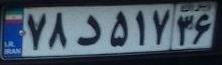
۷۸د۵۱۷۳۶